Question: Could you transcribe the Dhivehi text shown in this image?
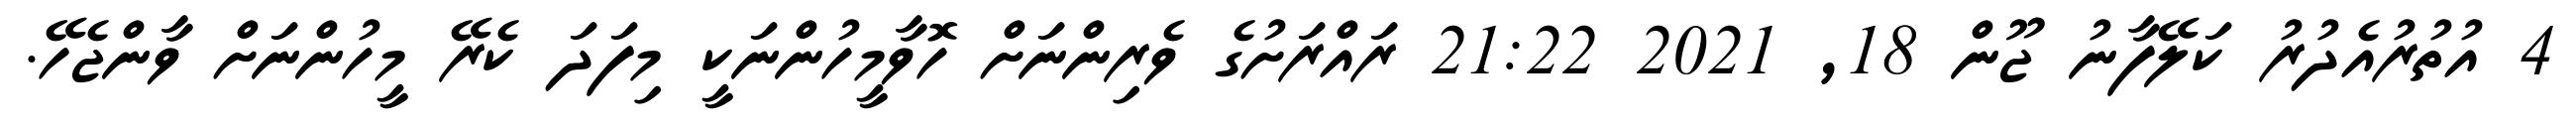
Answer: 4 އުތުރުއެދުރު ކަލޭފާނު ޖޫން 18, 2021 21:22 ރައްރަށުގެ ވެރިންނަށް ހޮވާމީހުންނަކީ މިފަދަ ކެރޭ މީހުންނަށް ވާންޖެހޭ.